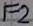
Text: F2